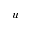
u